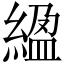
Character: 䋼